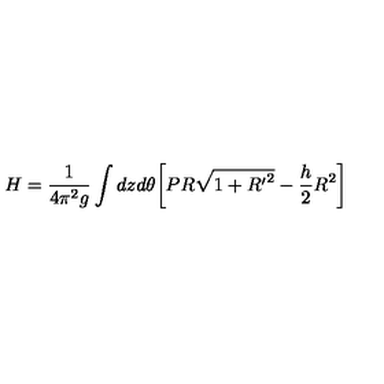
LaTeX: H = \frac { 1 } { 4 \pi ^ { 2 } g } \int d z d \theta \bigg [ P R \sqrt { 1 + { R ^ { \prime } } ^ { 2 } } - \frac { h } { 2 } R ^ { 2 } \bigg ]